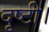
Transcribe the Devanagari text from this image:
दृष्टी।